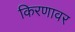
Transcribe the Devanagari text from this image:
किरणावर